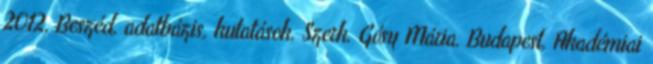
2012. Beszéd, adatbázis, kutatások. Szerk. Gósy Mária. Budapest, Akadémiai